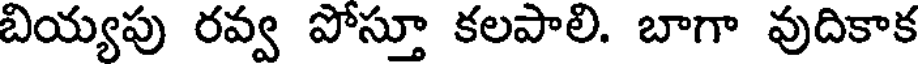
బియ్యపు రవ్వ పోస్తూ కలపాలి. బాగా వుదికాక